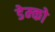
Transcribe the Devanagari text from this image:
डेम्को